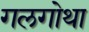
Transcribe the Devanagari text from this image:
गलगोथा